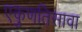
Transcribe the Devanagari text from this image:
एकुणतिसावा